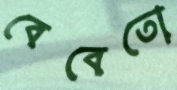
বেবেতো